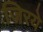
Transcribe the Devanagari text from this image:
जिरये